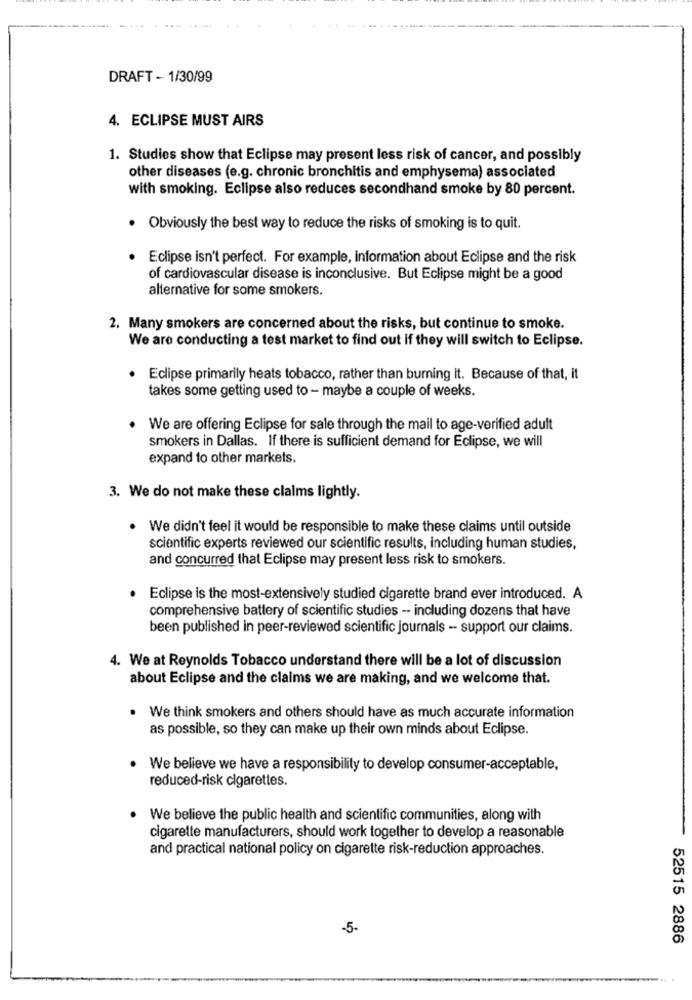
DRAFT - 1/30/99
4. ECLIPSE MUST AIRS
1. Studies show that Eclipse may present less risk of cancer, and possibly
other diseases (e.g. chronic bronchitis and emphysema) associated
with smoking. Eclipse also reduces secondhand smoke by 80 percent.
Obviously the best way to reduce the risks of smoking is to quit.
Eclipse isn't perfect. For example, information about Eclipse and the risk
of cardiovascular disease is inconclusive. But Eclipse might be a good
alternative for some smokers.
2. Many smokers are concerned about the risks, but continue to smoke.
We are conducting a test market to find out if they will switch to Eclipse.
. Eclipse primarily heats tobacco, rather than burning it. Because of that, it
takes some getting used to - maybe a couple of weeks.
We are offering Eclipse for sale through the mail to age-verified adult
smokers in Dallas. If there is sufficient demand for Eclipse, we will
expand to other markets.
3. We do not make these claims lightly.
We didn't feel it would be responsible to make these claims until outside
scientific experts reviewed our scientific results, including human studies,
and concurred that Eclipse may present less risk to smokers.
Eclipse is the most-extensively studied cigarette brand ever introduced. A
comprehensive battery of scientific studies -- including dozens that have
been published in peer-reviewed scientific journals -- support our claims.
4. We at Reynolds Tobacco understand there will be a lot of discussion
about Eclipse and the claims we are making, and we welcome that.
We think smokers and others should have as much accurate information
as possible, so they can make up their own minds about Eclipse.
We believe we have a responsibility to develop consumer-acceptable,
reduced-risk cigarettes.
We believe the public health and scientific communities, along with
cigarette manufacturers, should work together to develop a reasonable
and practical national policy on cigarette risk-reduction approaches.
-5-
52515 2886